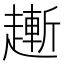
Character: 𧽯